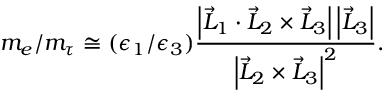
m _ { e } / m _ { \tau } \cong ( \epsilon _ { 1 } / \epsilon _ { 3 } ) \frac { \left| \vec { L } _ { 1 } \cdot \vec { L } _ { 2 } \times \vec { L } _ { 3 } \right| \left| \vec { L } _ { 3 } \right| } { \left| \vec { L } _ { 2 } \times \vec { L } _ { 3 } \right| ^ { 2 } } .